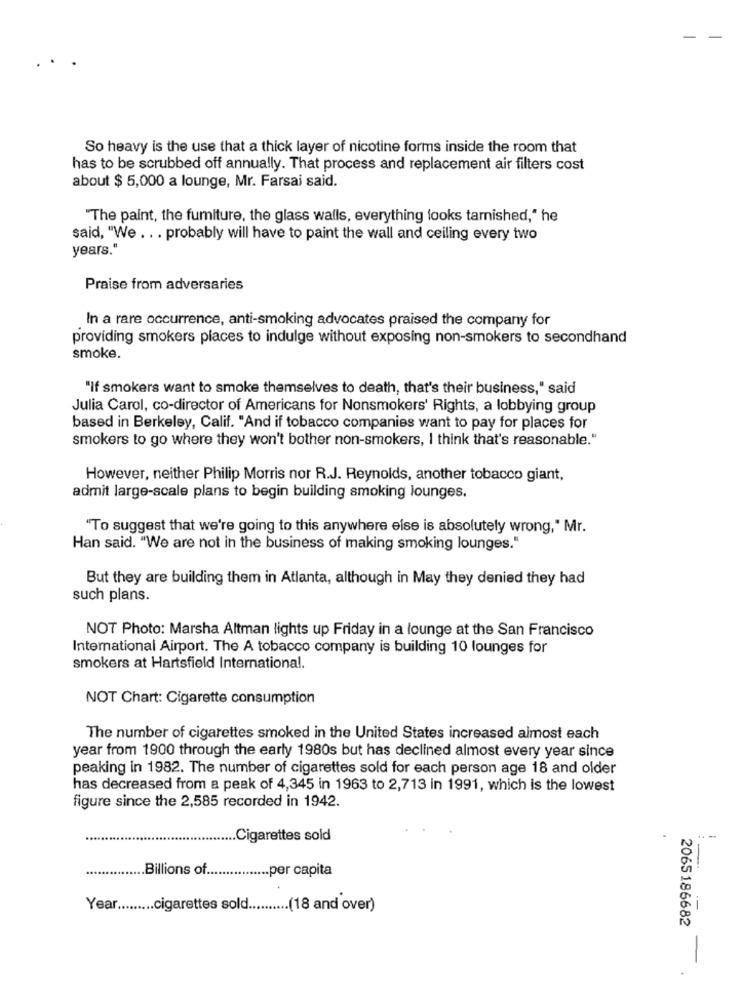
So heavy is the use that a thick layer of nicotine forms inside the room that
has to be scrubbed off annually. That process and replacement air filters cost
about $ 5,000 a lounge, Mr. Farsai said.
"The paint, the fumiture, the glass walls, everything looks tarnished," he
said, "We . . . probably will have to paint the wall and ceiling every two
years."
Praise from adversaries
In a rare occurrence, anti-smoking advocates praised the company for
providing smokers places to indulge without exposing non-smokers to secondhand
smoke.
"If smokers want to smoke themselves to death, that's their business," said
Julia Carol, co-director of Americans for Nonsmokers' Rights, a lobbying group
based in Berkeley, Calif. "And if tobacco companies want to pay for places for
smokers to go where they won't bother non-smokers, I think that's reasonable."
However, neither Philip Morris nor R.J. Reynolds, another tobacco giant,
admit large-scale plans to begin building smoking lounges.
"To suggest that we're going to this anywhere else is absolutely wrong," Mr.
Han said. "We are not in the business of making smoking lounges."
But they are building them in Atlanta, although in May they denied they had
such plans.
NOT Photo: Marsha Altman lights up Friday in a lounge at the San Francisco
International Airport. The A tobacco company is building 10 lounges for
smokers at Hartsfield International.
NOT Chart: Cigarette consumption
The number of cigarettes smoked in the United States increased almost each
year from 1900 through the early 1980s but has declined almost every year since
peaking in 1982. The number of cigarettes sold for each person age 18 and older
has decreased from a peak of 4,345 in 1963 to 2,713 in 1991, which is the lowest
figure since the 2,585 recorded in 1942.
.. Cigarettes sold
.Billions of.
........... per capita
Year ......... cigarettes sold .......... (18 and over)
2065186682
-